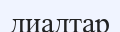
диадтар